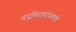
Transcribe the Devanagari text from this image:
चंद्रकिरणांप्रमाणे